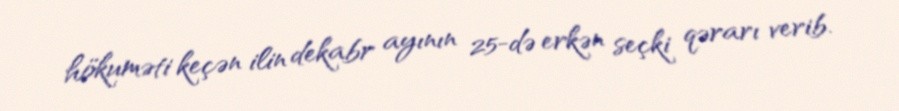
hökuməti keçən ilin dekabr ayının 25-də erkən seçki qərarı verib.